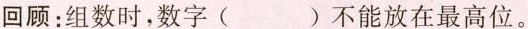
回顾：组数时，数字( )不能放在最高位。